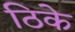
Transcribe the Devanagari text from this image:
ठिके